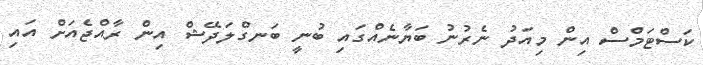
ކަސްޓަމްސް އިން މިއަދު ނެރުނު ބަޔާނެއްގައި ބުނީ ބަނގްލަދޭޝް އިން ރާއްޖެއަށް އައި